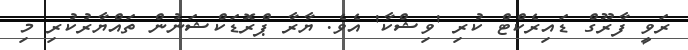
ރަވީ ފާރޫގް ޑައިރެކްޓް ކުރި 'ވިޝްކާ' އެވެ. ޔާރާ ޕްރޮޑަކްޝަނުން ތައްޔާރުކުރި މި